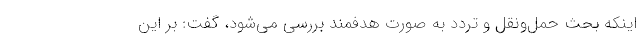
اینکه بحث حمل‌ونقل و تردد به صورت هدفمند بررسی می‌شود، گفت: بر این